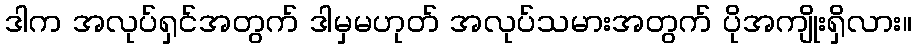
ဒါက အလုပ်ရှင်အတွက် ဒါမှမဟုတ် အလုပ်သမားအတွက် ပိုအကျိုးရှိလား။